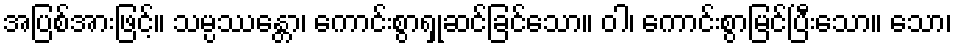
အပြစ်အားဖြင့်။ သမ္ပဿန္တော၊ ကောင်းစွာရှုဆင်ခြင်သော။ ဝါ၊ ကောင်းစွာမြင်ပြီးသော။ သော၊